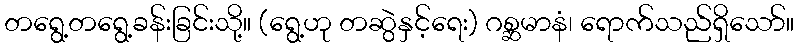
တရွေ့တရွေ့ခန်းခြင်းသို့။ (ရွေ့ဟု တဆွဲနှင့်ရေး) ဂစ္ဆမာနံ၊ ရောက်သည်ရှိသော်။